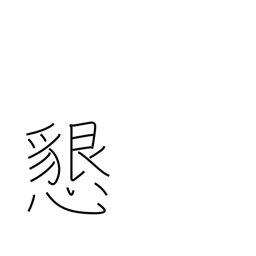
Meaning: hospitable